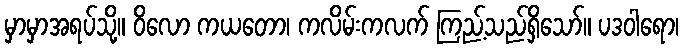
မှာမှာအရပ်သို့။ ဝိလော ကယတော၊ ကလိမ်းကလက် ကြည့်သည်ရှိသော်။ ပဒဝါရော၊